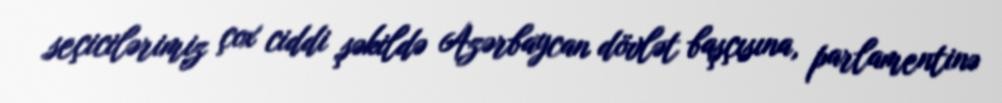
seçicilərimiz çox ciddi şəkildə Azərbaycan dövlət başçısına, parlamentinə